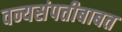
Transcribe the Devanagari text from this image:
वन्यसंपत्तीबाबत